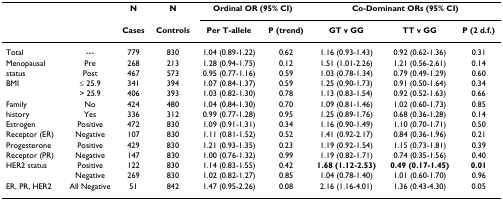
<table><thead><tr><td></td><td></td><td><b>N</b></td><td><b>N</b></td><td colspan="2"><b>Ordinal OR (95% CI)</b></td><td colspan="3"><b>Co-Dominant ORs (95% CI)</b></td></tr><tr><td></td><td></td><td><b>Cases</b></td><td><b>Controls</b></td><td><b>Per T-allele</b></td><td><b>P (trend)</b></td><td><b>GT v GG</b></td><td><b>TT v GG</b></td><td><b>P (2 d.f.)</b></td></tr></thead><tbody><tr><td>Total</td><td>---</td><td>779</td><td>830</td><td>1.04 (0.89-1.22)</td><td>0.62</td><td>1.16 (0.93-1.43)</td><td>0.92 (0.62-1.36)</td><td>0.31</td></tr><tr><td>Menopausal</td><td>Pre</td><td>268</td><td>213</td><td>1.28 (0.94-1.75)</td><td>0.12</td><td>1.51 (1.01-2.26)</td><td>1.21 (0.56-2.61)</td><td>0.14</td></tr><tr><td>status</td><td>Post</td><td>467</td><td>573</td><td>0.95 (0.77-1.16)</td><td>0.59</td><td>1.03 (0.78-1.34)</td><td>0.79 (0.49-1.29)</td><td>0.60</td></tr><tr><td>BMI</td><td>≤ 25.9</td><td>341</td><td>394</td><td>1.07 (0.84-1.37)</td><td>0.59</td><td>1.25 (0.90-1.73)</td><td>0.91 (0.50-1.64)</td><td>0.34</td></tr><tr><td></td><td>&gt; 25.9</td><td>406</td><td>393</td><td>1.03 (0.82-1.30)</td><td>0.78</td><td>1.13 (0.83-1.54)</td><td>0.92 (0.52-1.63)</td><td>0.66</td></tr><tr><td>Family</td><td>No</td><td>424</td><td>480</td><td>1.04 (0.84-1.30)</td><td>0.70</td><td>1.09 (0.81-1.46)</td><td>1.02 (0.60-1.73)</td><td>0.85</td></tr><tr><td>history</td><td>Yes</td><td>336</td><td>312</td><td>0.99 (0.77-1.28)</td><td>0.95</td><td>1.25 (0.89-1.76)</td><td>0.68 (0.36-1.28)</td><td>0.14</td></tr><tr><td>Estrogen</td><td>Positive</td><td>472</td><td>830</td><td>1.09 (0.91-1.31)</td><td>0.34</td><td>1.16 (0.90-1.49)</td><td>1.10 (0.70-1.71)</td><td>0.50</td></tr><tr><td>Receptor (ER)</td><td>Negative</td><td>107</td><td>830</td><td>1.11 (0.81-1.52)</td><td>0.52</td><td>1.41 (0.92-2.17)</td><td>0.84 (0.36-1.96)</td><td>0.21</td></tr><tr><td>Progesterone</td><td>Positive</td><td>429</td><td>830</td><td>1.21 (0.93-1.35)</td><td>0.23</td><td>1.19 (0.92-1.54)</td><td>1.15 (0.73-1.81)</td><td>0.39</td></tr><tr><td>Receptor (PR)</td><td>Negative</td><td>147</td><td>830</td><td>1.00 (0.76-1.32)</td><td>0.99</td><td>1.19 (0.82-1.71)</td><td>0.74 (0.35-1.56)</td><td>0.40</td></tr><tr><td>HER2 status</td><td>Positive</td><td>122</td><td>830</td><td>1.14 (0.83-1.55)</td><td>0.42</td><td><b>1.68 (1.12-2.53)</b></td><td><b>0.49 (0.17-1.45)</b></td><td><b>0.01</b></td></tr><tr><td></td><td>Negative</td><td>269</td><td>830</td><td>1.02 (0.82-1.27)</td><td>0.85</td><td>1.04 (0.78-1.40)</td><td>1.01 (0.60-1.70)</td><td>0.96</td></tr><tr><td>ER, PR, HER2</td><td>All Negative</td><td>51</td><td>842</td><td>1.47 (0.95-2.26)</td><td>0.08</td><td>2.16 (1.16-4.01)</td><td>1.36 (0.43-4.30)</td><td>0.05</td></tr></tbody></table>